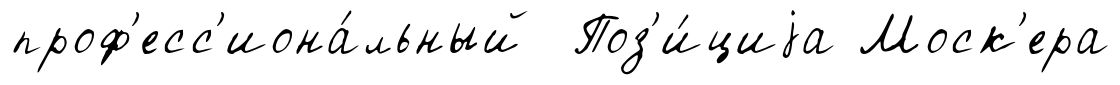
проф'есс'иона́льный Поз'и́циjа Моск'ера